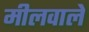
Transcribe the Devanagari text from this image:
मीलवाले